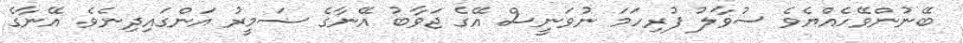
ބޭނުންވޭހެއްޔެވެ ސުވާލު ފުރިހަމަ ނުވަނީސް އޭގެ ޖަވާބު އޭނާގެ ޟަމީރު އަންގައިދިނެވެ. އޭނާގެ